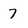
Character: 7